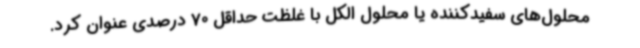
محلول‌های سفیدکننده یا محلول الکل با غلظت حداقل 70 درصدی عنوان کرد.